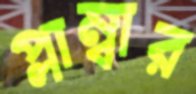
প্লাম্বার